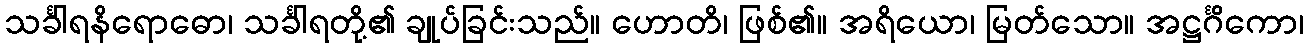
သင်္ခါရနိရောဓော၊ သင်္ခါရတို့၏ ချုပ်ခြင်းသည်။ ဟောတိ၊ ဖြစ်၏။ အရိယော၊ မြတ်သော။ အဋ္ဌင်္ဂိကော၊